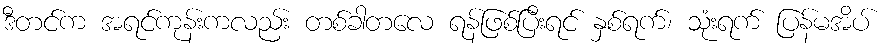
ဒီတင်က အရင်ကုန်းကလည်း တစ်ခါတလေ ရန်ဖြစ်ပြီးရင် နှစ်ရက်၊ သုံးရက် ပြန်မအိပ်